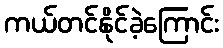
ကယ်တင်နိုင်ခဲ့ကြောင်း